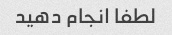
لطفا انجام دهید